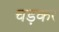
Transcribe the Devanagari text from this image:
चड़कर